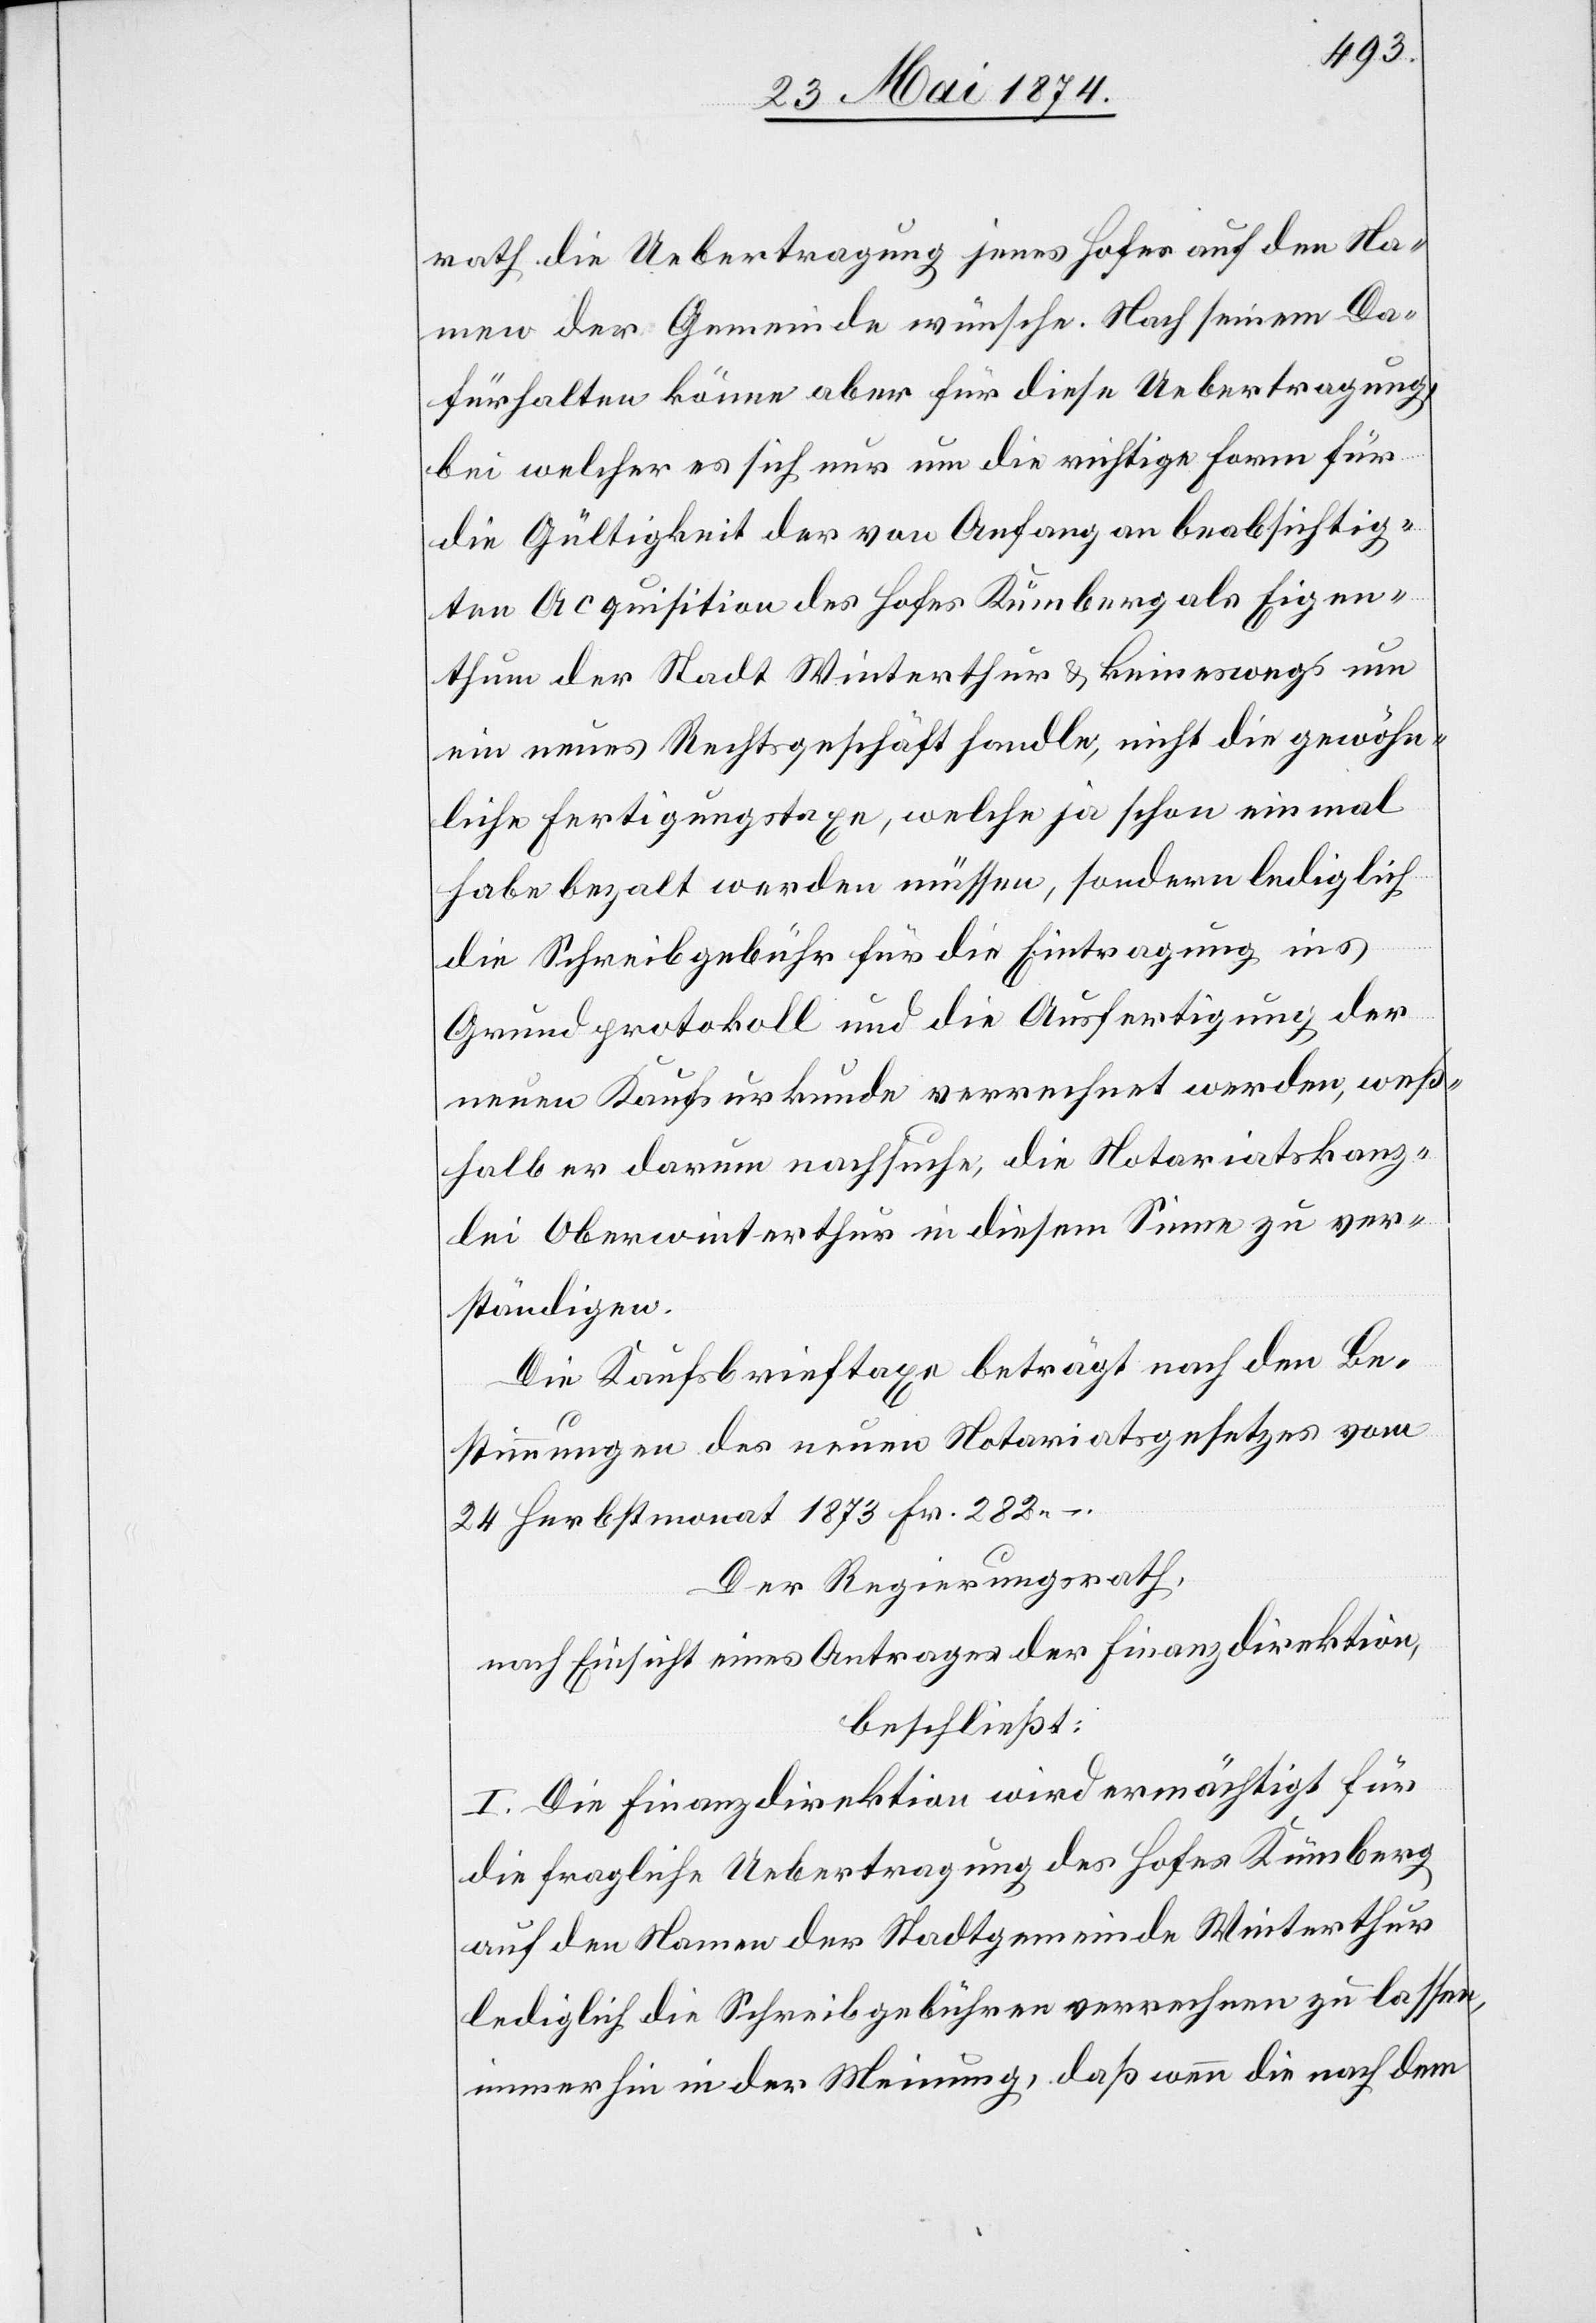
rath die Uebertragung jenes Hofes auf den Na¬
men der Gemeinde wünsche. Nach seinem Da¬
fürhalten könne aber für diese Uebertragung,
bei welcher es sich nur um die richtige Form für
die Gültigkeit der von Anfang an beabsichtig¬
ten Acquisition des Hofes Kümberg als Eigen¬
thum der Stadt Winterthur u. keineswegs um
ein neues Rechtsgeschäft handle, nicht die gewöhn¬
liche Fertigungstaxe, welche ja schon einmal
habe bezalt werden müssen, sondern lediglich
die Schreibgebühr für die Eintragung ins
Grundprotokoll und die Ausfertigung der
neuen Kaufsurkunde verrechnet werden, weß¬
halb er darum nachsuche, die Notariatskanz¬
lei Oberwinterthur in diesem Sinne zu ver¬
ständigen.
Die Kaufsbrieftaxe beträgt nach den Be¬
stimmungen des neuen Notariatsgesetzes vom
24. Herbstmonat 1873 Fr. 282.–
Der Regierungsrath,
nach Einsicht eines Antrages der Finanzdirektion,
beschließt:
I. Die Finanzdirektion wird ermächtigt für
die fragliche Uebertragung des Hofes Kümberg
auf den Namen der Stadtgemeinde Winterthur
lediglich die Schreibgebühren verrechnen zu lassen,
immerhin in der Meinung, daß wenn die nach dem